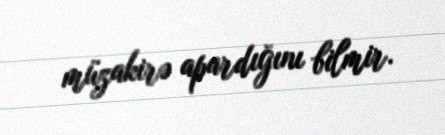
müzakirə apardığını bilmir.